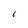
Character: i